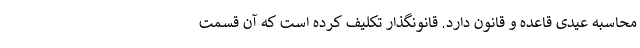
محاسبه عیدی قاعده و قانون دارد. قانونگذار تکلیف کرده است که آن قسمت